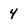
Character: 4